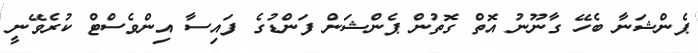
ޕެންޝަނާ ބެހޭ ގާނޫނު އޮތް ގޮތުން ޕެންޝަން ފަންޑުގެ ފައިސާ އިންވެސްޓް ކުރެވޭނީ